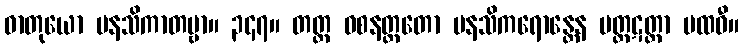
ဓာတုယော မနသိကာတဗ္ဗာ။ ၃၄၇။ တတ္ထ ဝစနတ္ထတော မနသိကရောန္တေန ပတ္ထဋတ္တာ ပထဝီ။